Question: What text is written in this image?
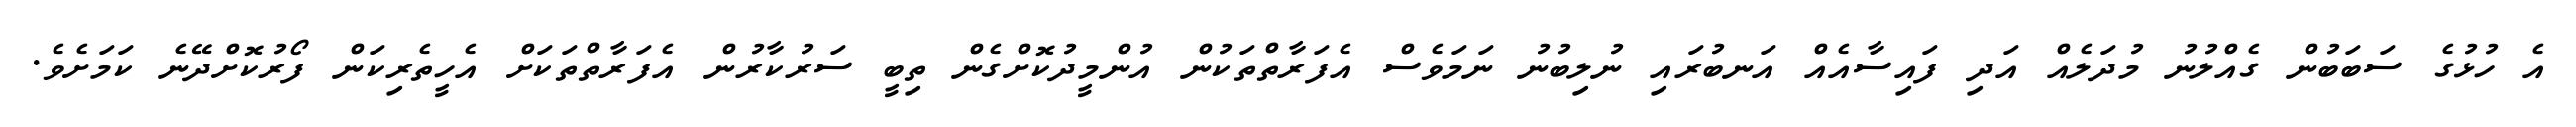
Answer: އެ ހުޅުގެ ސަބަބުން ގެއްލުނު މުދަލެއް އަދި ފައިސާއެއް އަނބުރައި ނުލިބުނު ނަމަވެސް އެފަރާތްތަކުން އުންމީދުކޮށްގެން ތިބީ ސަރުކާރުން އެފަރާތްތަކަށް އެހީތެރިކަން ފޯރުކޮށްދޭނެ ކަމަށެވެ.